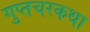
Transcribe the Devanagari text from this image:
गुप्तचरकथा